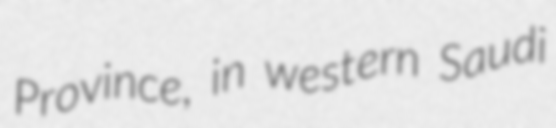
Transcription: Province, in western Saudi